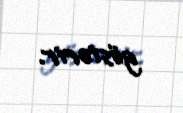
göstərir.